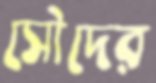
সৌদের